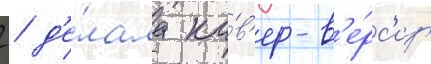
  д'е́лала ка́в'ер-в'е́рс'иу